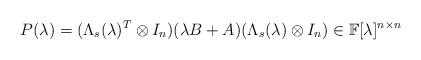
LaTeX: \begin{align*}P(\lambda) = (\Lambda_s(\lambda)^T\otimes I_n)(\lambda B+A)(\Lambda_{s}(\lambda)\otimes I_n) \in \mathbb{F}[\lambda]^{n\times n}\end{align*}